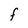
Character: f